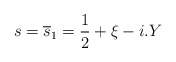
\begin{align*}s=\overline{s}_1=\frac{1}{2}+\xi -i.Y\end{align*}